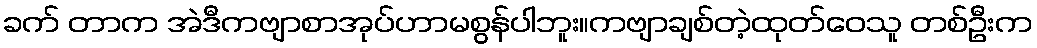
ခက် တာက အဲဒီကဗျာစာအုပ်ဟာမစွန်ပါဘူး။ကဗျာချစ်တဲ့ထုတ်ဝေသူ တစ်ဦးက